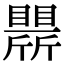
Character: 𣃒